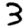
Digit: 3